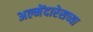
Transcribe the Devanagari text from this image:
अल्मेंदारेसच्या